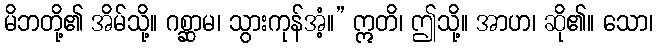
မိဘတို့၏ အိမ်သို့။ ဂစ္ဆာမ၊ သွားကုန်အံ့။” ဣတိ၊ ဤသို့။ အာဟ၊ ဆို၏။ သော၊